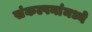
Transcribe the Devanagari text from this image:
संकल्पनांमध्ये